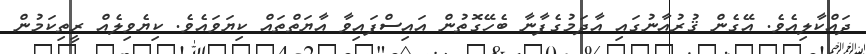
ދައްކާލިއެވެ. އޭގެން ޤުރުއާނުގައި އާދަމުގެފާނާ ބެހޭގޮތުން އައިސްފައިވާ އާޔަތްތައް ކިޔަވައެވެ. ކިޔެވިލެއް ރީތިކަމުން